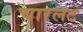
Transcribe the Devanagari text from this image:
चारलट